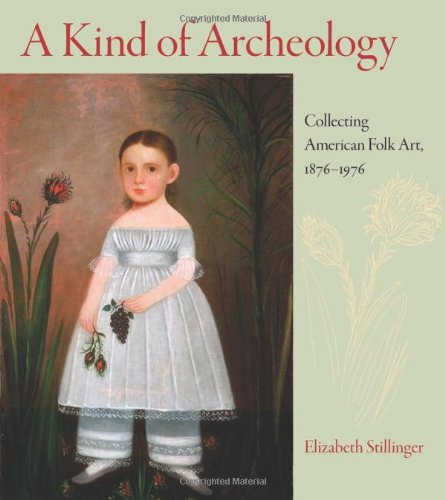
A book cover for A Kind of Archeology: Collecting American Folk Art, 1876-1976; Elizabeth Stillinger; Crafts, Hobbies & Home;